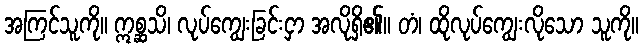
အကြင်သူကို။ ဣစ္ဆသိ၊ လုပ်ကျွေးခြင်းငှာ အလိုရှိ၏။ တံ၊ ထိုလုပ်ကျွေးလိုသော သူကို။